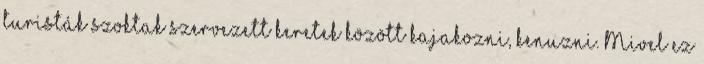
turisták szoktak szervezett keretek között kajakozni, kenuzni. Mivel ez